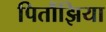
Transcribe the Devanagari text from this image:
पितौंझिया